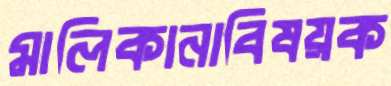
মালিকানাবিষয়ক